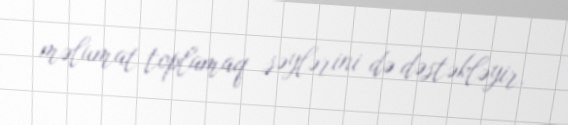
məlumat toplamaq səylərini də dəstəkləyir.